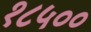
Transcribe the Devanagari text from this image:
१८५००